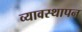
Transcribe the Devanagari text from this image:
व्यावस्थापन